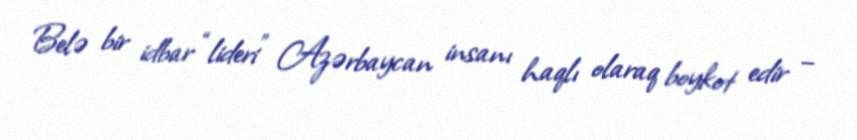
Belə bir idbar “lideri” Azərbaycan insanı haqlı olaraq boykot edir –